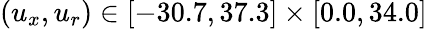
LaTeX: (u_{x},u_{r})\in[-30.7,37.3]\times[0.0,34.0]